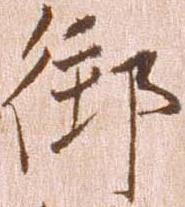
御